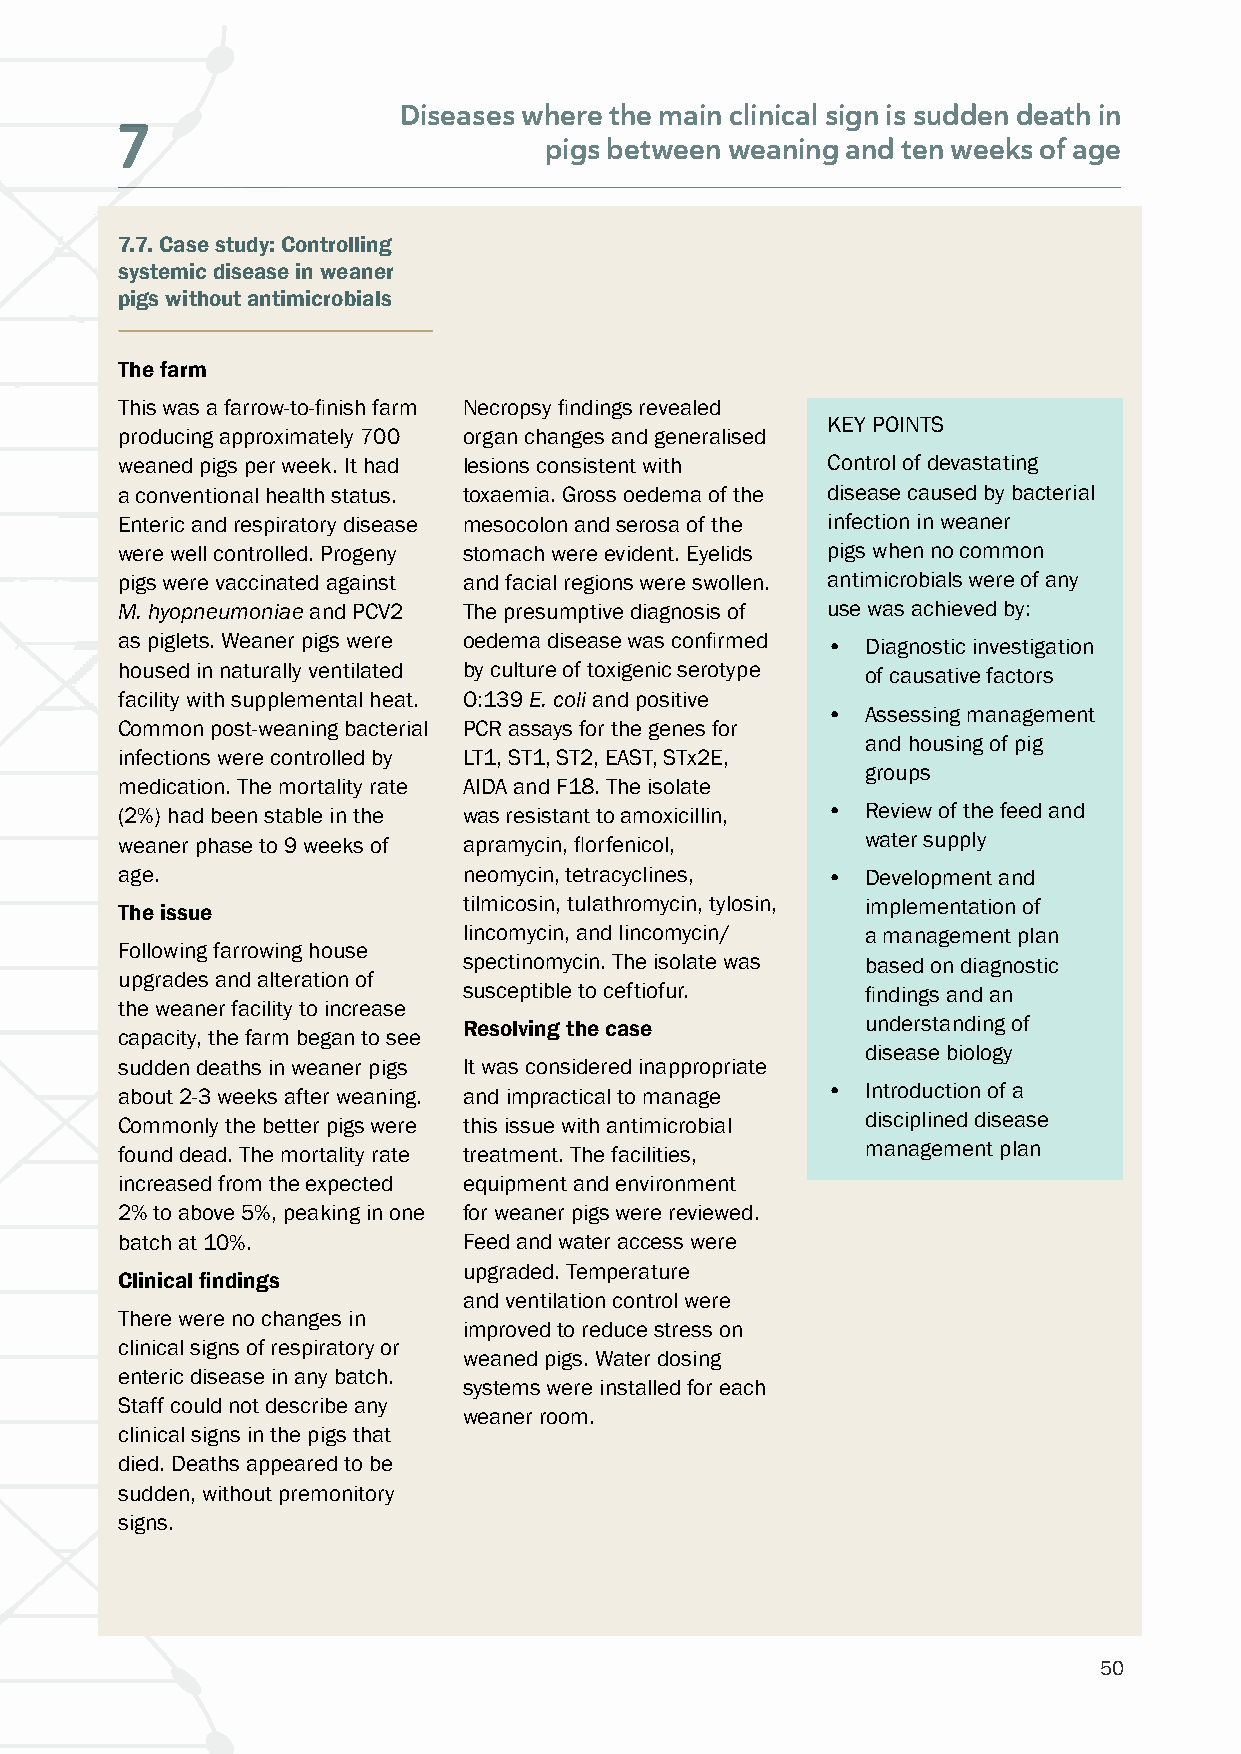
Diseases where the main clinical sign is sudden death in
 7
 pigs between weaning and ten weeks of age
 7.7. Case study: Controlling
 systemic disease in weaner
 pigs without antimicrobials
 The farm
 This was a farrow-to-finish farm Necropsy findings revealed
 KEY POINTS
 producing approximately 700 organ changes and generalised
 weaned pigs per week. It had lesions consistent with Control of devastating
 a conventional health status. toxaemia. Gross oedema of the disease caused by bacterial
 Enteric and respiratory disease mesocolon and serosa of the infection in weaner
 were well controlled. Progeny stomach were evident. Eyelids pigs when no common
 pigs were vaccinated against and facial regions were swollen. antimicrobials were of any
 M. hyopneumoniae and PCV2 The presumptive diagnosis of use was achieved by:
 as piglets. Weaner pigs were oedema disease was confirmed • Diagnostic investigation
 housed in naturally ventilated by culture of toxigenic serotype of causative factors
 facility with supplemental heat. O:139 E. coli and positive
 • Assessing management
 Common post-weaning bacterial PCR assays for the genes for
 and housing of pig
 infections were controlled by LT1, ST1, ST2, EAST, STx2E,
 groups
 medication. The mortality rate AIDA and F18. The isolate
 (2%) had been stable in the was resistant to amoxicillin, • Review of the feed and
 weaner phase to 9 weeks of apramycin, florfenicol, water supply
 age.                   neomycin, tetracyclines, • Development and
 The issue              tilmicosin, tulathromycin, tylosin, implementation of
 lincomycin, and lincomycin/ a management plan
 Following farrowing house
 spectinomycin. The isolate was based on diagnostic
 upgrades and alteration of
 susceptible to ceftiofur. findings and an
 the weaner facility to increase
 Resolving the case        understanding of
 capacity, the farm began to see
 disease biology
 sudden deaths in weaner pigs It was considered inappropriate
 about 2-3 weeks after weaning. and impractical to manage • Introduction of a
 Commonly the better pigs were this issue with antimicrobial disciplined disease
 found dead. The mortality rate treatment. The facilities, management plan
 increased from the expected equipment and environment
 2% to above 5%, peaking in one for weaner pigs were reviewed.
 batch at 10%.          Feed and water access were
 upgraded. Temperature
 Clinical findings
 and ventilation control were
 There were no changes in
 improved to reduce stress on
 clinical signs of respiratory or
 weaned pigs. Water dosing
 enteric disease in any batch.
 systems were installed for each
 Staff could not describe any
 weaner room.
 clinical signs in the pigs that
 died. Deaths appeared to be
 sudden, without premonitory
 signs.
 50